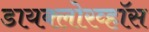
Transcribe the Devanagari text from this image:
डायक्लोरव्हॉस